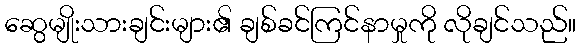
ဆွေမျိုးသားချင်းများ၏ ချစ်ခင်ကြင်နာမှုကို လိုချင်သည်။